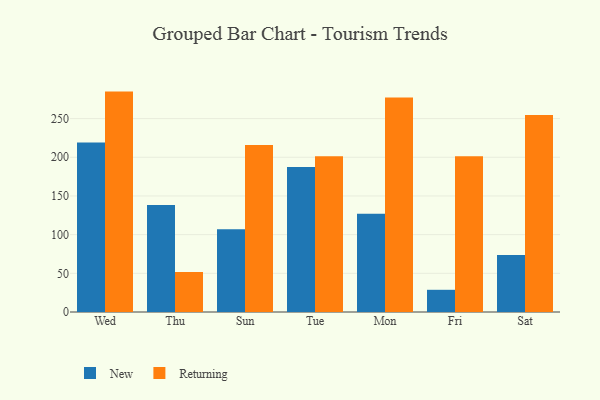
{"axis": {"x": "Day", "y": "Website Visitors"}, "legend": ["New", "Returning"], "data": [{"x": "Wed", "y": 219.0, "type": "New"}, {"x": "Wed", "y": 284.9, "type": "Returning"}, {"x": "Thu", "y": 138.4, "type": "New"}, {"x": "Thu", "y": 51.8, "type": "Returning"}, {"x": "Sun", "y": 107.0, "type": "New"}, {"x": "Sun", "y": 215.8, "type": "Returning"}, {"x": "Tue", "y": 187.5, "type": "New"}, {"x": "Tue", "y": 201.3, "type": "Returning"}, {"x": "Mon", "y": 127.1, "type": "New"}, {"x": "Mon", "y": 277.4, "type": "Returning"}, {"x": "Fri", "y": 28.7, "type": "New"}, {"x": "Fri", "y": 201.3, "type": "Returning"}, {"x": "Sat", "y": 73.7, "type": "New"}, {"x": "Sat", "y": 254.7, "type": "Returning"}]}